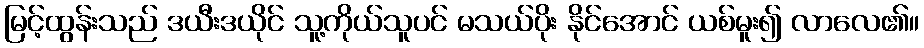
မြင့်ထွန်းသည် ဒယီးဒယိုင် သူ့ကိုယ်သူပင် မသယ်ပိုး နိုင်အောင် ယစ်မူး၍ လာလေ၏။